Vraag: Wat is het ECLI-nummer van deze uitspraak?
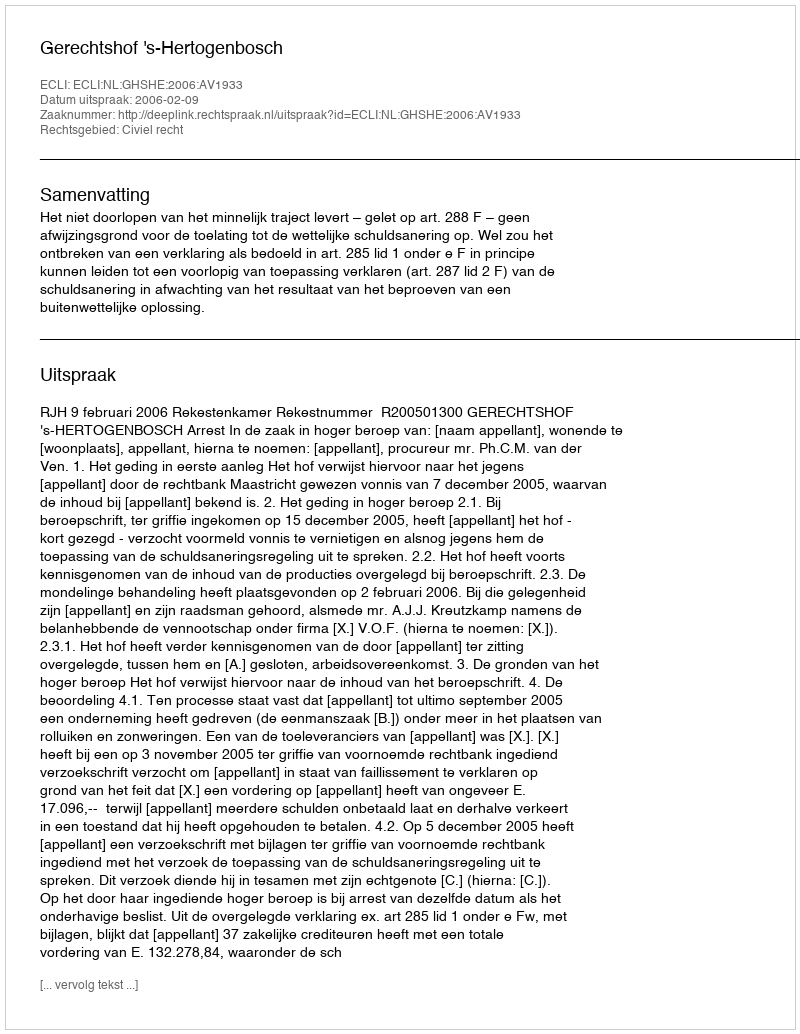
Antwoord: ECLI:NL:GHSHE:2006:AV1933